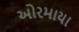
ઓરમાયા